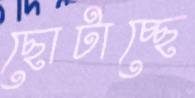
ছোটাচ্ছে